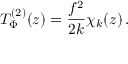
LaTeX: T _ { \Phi } ^ { ( 2 ) } ( z ) = \frac { f ^ { 2 } } { 2 k } \chi _ { k } ( z ) \, .